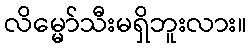
လိမ္မော်သီးမရှိဘူးလား။